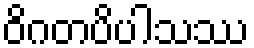
ဝိဂတပိပါသဿ